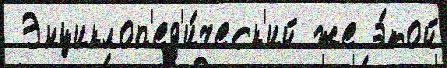
 Энциклоп'ед'и́ческ'ий же э́той